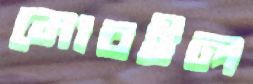
মোবইল